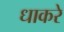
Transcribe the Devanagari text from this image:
धाकरे